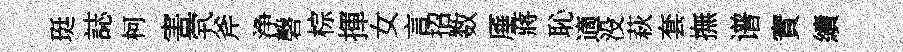
珽誌柯害茕斧浄磬棕揮女言招数厜蔣恥適没萩套撫谱實續